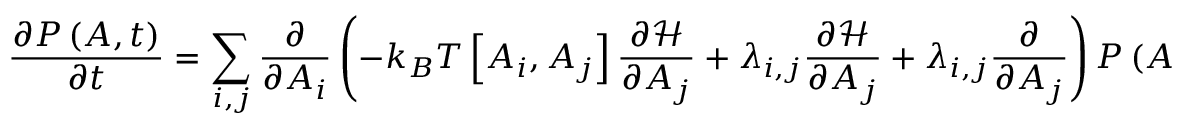
{ \frac { \partial P \left( A , t \right) } { \partial t } } = \sum _ { i , j } { \frac { \partial } { \partial A _ { i } } } \left( - k _ { B } T \left[ A _ { i } , A _ { j } \right] { \frac { \partial { \mathcal { H } } } { \partial A _ { j } } } + \lambda _ { i , j } { \frac { \partial { \mathcal { H } } } { \partial A _ { j } } } + \lambda _ { i , j } { \frac { \partial } { \partial A _ { j } } } \right) P \left( A , t \right) .